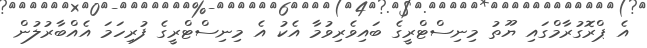
އެ ޕްރޮގުރާމްގައި ޔޫތު މިނިސްޓްރީގެ ބައިވެރިވުމާ އެކު އެ މިނިސްޓްރީގެ ފުރިހަމަ އެއްބާރުލުން